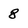
Character: 8